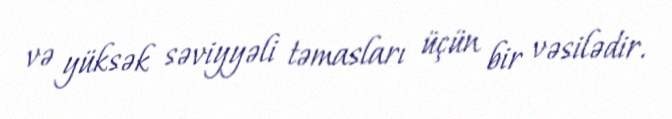
və yüksək səviyyəli təmasları üçün bir vəsilədir.